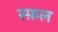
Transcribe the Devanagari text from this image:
स्फ़ल